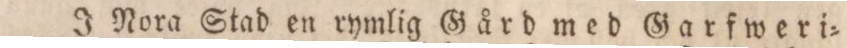
J Nora Stad en rymlig Gård med Garfweri=